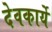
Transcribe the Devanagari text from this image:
देवकार्ये